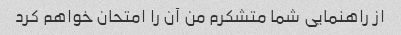
از راهنمایی شما متشکرم من آن را امتحان خواهم کرد